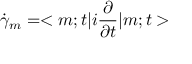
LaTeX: \dot { \gamma } _ { m } = < m ; t | i \frac { \partial } { \partial t } | m ; t >